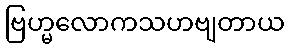
ဗြဟ္မလောကသဟဗျတာယ